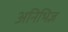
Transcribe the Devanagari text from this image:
अनिभिज्ञ